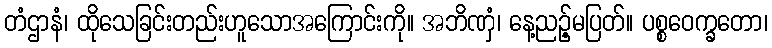
တံဌာနံ၊ ထိုသေခြင်းတည်းဟူသောအကြောင်းကို။ အဘိဏှံ၊ နေ့ညဉ့်မပြတ်။ ပစ္စဝေက္ခတော၊